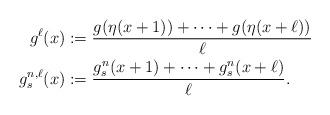
LaTeX: \begin{align*}g^\ell(x) &:= \frac{g(\eta(x+ 1))+\dots+ g(\eta(x+ \ell))}{\ell} \\g_s^{n,\ell}(x) &:= \frac{ g_s^n(x+ 1)+\dots + g_s^n(x+ \ell)}{\ell}.\end{align*}